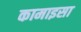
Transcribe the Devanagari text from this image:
कामाइसा